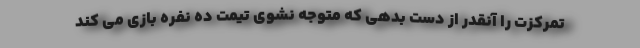
تمرکزت را آنقدر از دست بدهی که متوجه نشوی تیمت ده نفره بازی می کند